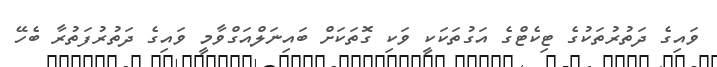
ވައިގެ ދަތުރުތަކުގެ ޓިކެޓްގެ އަގުތަކަކީ ވަކި ގޮތަކަށް ބައިނަލްއަގްވާމީ ވައިގެ ދަތުރުފަތުރާ ބެހޭ